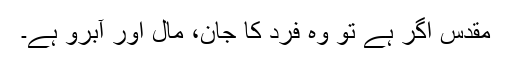
مقدس اگر ہے تو وہ فرد کا جان، مال اور آبرو ہے۔